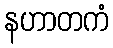
နဟာတကံ